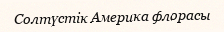
Солтүстік Америка флорасы